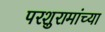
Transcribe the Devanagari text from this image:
परशुरामांच्या